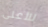
للأعلى